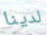
لدينا